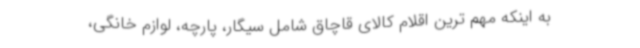
به اینکه مهم ترین اقلام کالای قاچاق شامل سیگار، پارچه، لوازم خانگی،